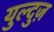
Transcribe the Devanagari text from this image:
युल्दुज़